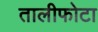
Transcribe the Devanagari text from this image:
तालीफोटा